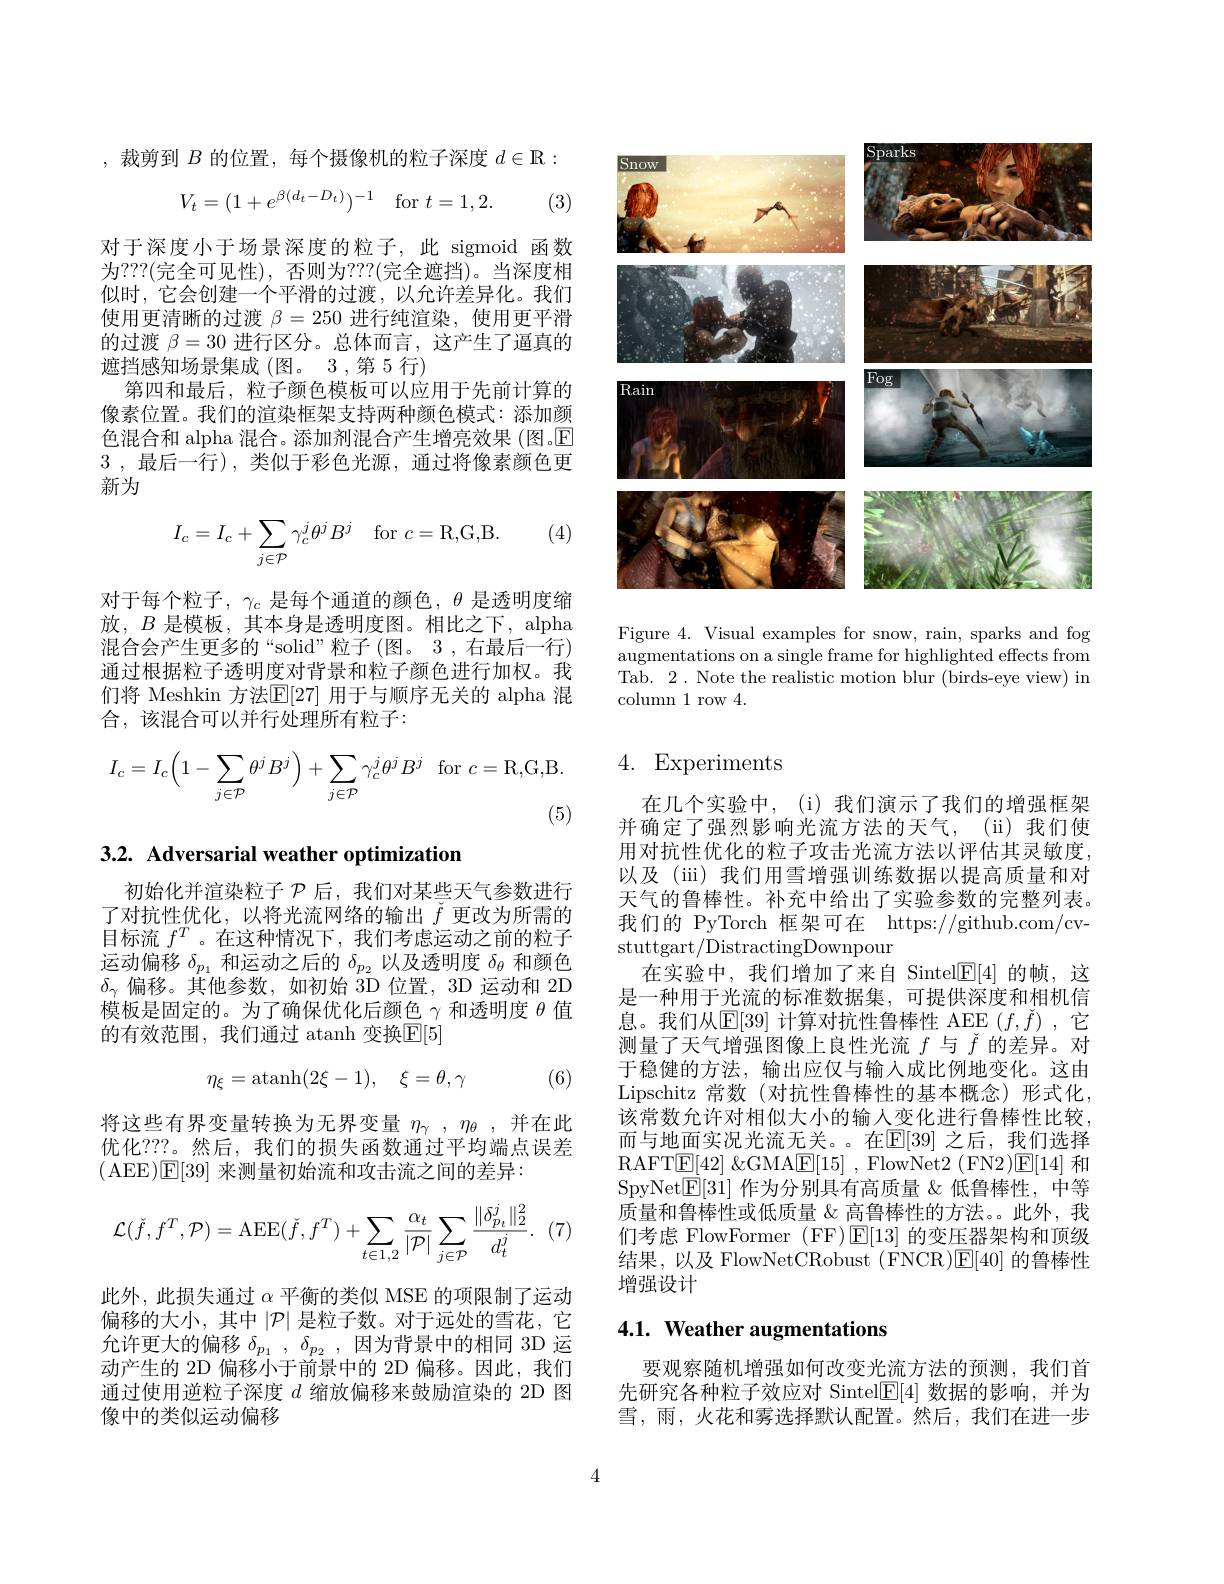
,裁剪到$B$的位置，每个摄像机的粒子深度$d\in\mathbb{R}:$
$$V_t=(1+e^{\beta(d_t-D_t)})^{-1}\quad\mathrm{for}\:t=1,2.$$
(3)

对于深度小于场景深度的粒子，此 sigmoid 函数为？??(完全可见性),否则为？??(完全遮挡)。当深度相似时，它会创建一个平滑的过渡，以允许差异化。我们使用更清晰的过渡$\beta=250$进行纯渲染，使用更平滑的过渡$\beta=30$进行区分。总体而言，这产生了逼真的遮挡感知场景集成(图。3 ,第 5 行)
第四和最后，粒子颜色模板可以应用于先前计算的像素位置。我们的渲染框架支持两种颜色模式：添加颜色混合和 alpha 混合。添加剂混合产生增亮效果 (图。$\overline{\mathrm{E}}$ 3 ,最后一行),类似于彩色光源，通过将像素颜色更新为

(4)
$$\begin{aligned}I_c=I_c+\sum_{j\in\mathcal{P}}\gamma_c^j\theta^jB^j\quad\text{for}c=\text{R,G,B.}\end{aligned}$$
对于每个粒子，$\gamma_c$是每个通道的颜色，$\theta$是透明度缩放，$B$是模板，其本身是透明度图。相比之下，alpha 混合会产生更多的“solid”粒子(图。3,右最后一行) 通过根据粒子透明度对背景和粒子颜色进行加权。我们将 Meshkin 方法$\mathbb{E}[27]$ 用于与顺序无关的 alpha 混合，该混合可以并行处理所有粒子：
$$I_{c}=I_{c}\Big(1-\sum_{j\in\mathcal{P}}\theta^{j}B^{j}\Big)+\sum_{j\in\mathcal{P}}\gamma_{c}^{j}\theta^{j}B^{j}\:\mathrm{for}\:c=\mathrm{R,G,B.}$$
(5)

## 3.2. Adversarial weather optimization

初始化并渲染粒子$\mathcal{P}$后，我们对某些天气参数进行了对抗性优化，以将光流网络的输出$\check{f}$更改为所需的目标流$f^T$ 。在这种情况下，我们考虑运动之前的粒子运动偏移$\delta_{p_1}$和运动之后的$\delta_p_2$以及透明度$\delta_\theta$和颜色$\delta_\gamma$偏移。其他参数，如初始 3D 位置，3D 运动和 2D 模板是固定的。为了确保优化后颜色$\gamma$和透明度$\theta$值的有效范围，我们通过 atanh 变换$\mathbb{E}[5]$
$$\eta_\xi=\operatorname{atanh}(2\xi-1),\quad\xi=\theta,\gamma $$
(6)

将这些有界变量转换为无界变量$\eta _\mathrm{\gamma }$ , $\eta _\mathrm{\theta }$ ,并在此优化？??。然后，我们的损失函数通过平均端点误差( AEE)$\mathbb{E}[39]$ 来测量初始流和攻击流之间的差异：

(7)
$$\mathcal{L}(\check{f},f^T,\mathcal{P})=\mathrm{AEE}(\check{f},f^T)+\sum_{t\in1,2}\frac{\alpha_t}{|\mathcal{P}|}\sum_{j\in\mathcal{P}}\frac{\|\delta_{p_t}^j\|_2^2}{d_t^j}.$$
此外，此损失通过$\alpha$平衡的类似 MSE 的项限制了运动偏移的大小，其中$|\mathcal{P}|$是粒子数。对于远处的雪花，它允许更大的偏移 $\delta _{p_1}$ , $\delta _{p_2}$ , 因为背景中的相同 3D 运动产生的 2D 偏移小于前景中的 2D 偏移。因此，我们通过使用逆粒子深度$d$缩放偏移来鼓励渲染的 2D 图像中的类似运动偏移

<FigureHere>

Figure 4. Visual examples for snow, rain, sparks and fog augmentations on a single frame for highlighted effects from Tab. 2. Note the realistic motion blur (birds-eye view) in column 1 row 4.

# 4. Experiments

在几个实验中，(i)我们演示了我们的增强框架并确定了强烈影响光流方法的天气，(ii)我们使用对抗性优化的粒子攻击光流方法以评估其灵敏度， 以及(iii) 我们用雪增强训练数据以提高质量和对天气的鲁棒性。补充中给出了实验参数的完整列表。我们的 PyTorch 框架可在 https://github.com/cvstuttgart/DistractingDownpour
在实验中，我们增加了来自 Sintel$\mathbb{E}[4]$的帧，这是一种用于光流的标准数据集，可提供深度和相机信息。我们从$\mathbb{E}[39]$ 计算对抗性鲁棒性 AEE $(f,\check{f})$ ,它测量了天气增强图像上良性光流$f$与$\check{f}$的差异。对于稳健的方法，输出应仅与输入成比例地变化。这由Lipschitz 常数(对抗性鲁棒性的基本概念)形式化， 该常数允许对相似大小的输入变化进行鲁棒性比较， 而与地面实况光流无关。。在$\mathbb{E}[39]$ 之后，我们选择RAFT$\underline{\mathrm{E}}[42]$ &GMA$\underline{\mathrm{E}}[15]$ , FlowNet2 (FN2)$\underline{\mathrm{E}}[14]$和SpyNet$\mathbb{E}[31]$作为分别具有高质量 &低鲁棒性，中等质量和鲁棒性或低质量$\&$高鲁棒性的方法。此外，我们考虑 FlowFormer (FF)$\operatorname{E}[13]$的变压器架构和顶级结果，以及 FlowNetCRobust (FNCR)$\underline{\mathrm{E}}[40]$的鲁棒性增强设计

# 4.1. Weather augmentations

要观察随机增强如何改变光流方法的预测，我们首先研究各种粒子效应对 Sintel$\underline{\mathrm{E}}[4]$数据的影响，并为雪，雨，火花和雾选择默认配置。然后，我们在进一步

4